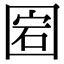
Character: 𡇵